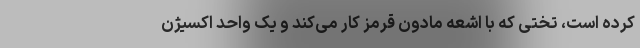
کرده است، تختی که با اشعه مادون قرمز کار می‌کند و یک واحد اکسیژن